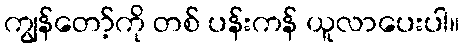
ကျွန်တော့်ကို တစ် ပန်းကန် ယူလာပေးပါ။